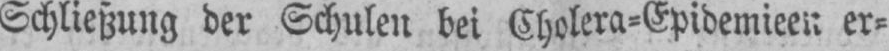
er⸗